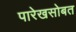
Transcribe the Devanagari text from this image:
पारेखसोबत